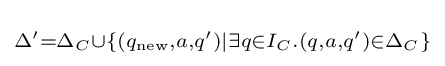
\scriptstyle \Delta '=\Delta _{C}\cup \{(q_{\text{new}},a,q')|\exists q\in I_{C}.(q,a,q')\in \Delta _{C}\}